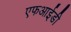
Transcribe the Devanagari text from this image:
एफआईडी